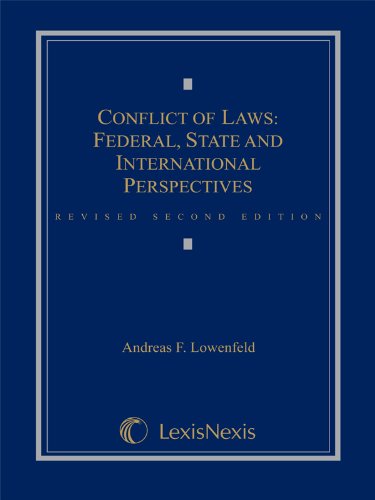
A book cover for Conflict of Laws: Federal, State, and International Perspectives; Andreas F. Lowenfeld; Law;